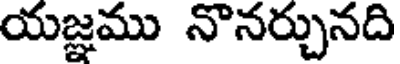
యజ్ఞము నొనర్చునది